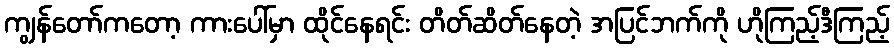
ကျွန်တော်ကတော့ ကားပေါ်မှာ ထိုင်နေရင်း တိတ်ဆိတ်နေတဲ့ အပြင်ဘက်ကို ဟိုကြည့်ဒီကြည့်